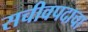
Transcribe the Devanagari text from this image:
सचीवपदाचा